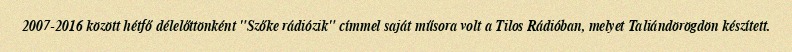
2007-2016 között hétfő délelőttönként "Szőke rádiózik" címmel saját műsora volt a Tilos Rádióban, melyet Taliándörögdön készített.